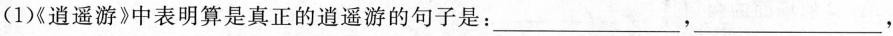
(1《逍遥游》中表明算是真正的逍遥游的句子是：___，___，